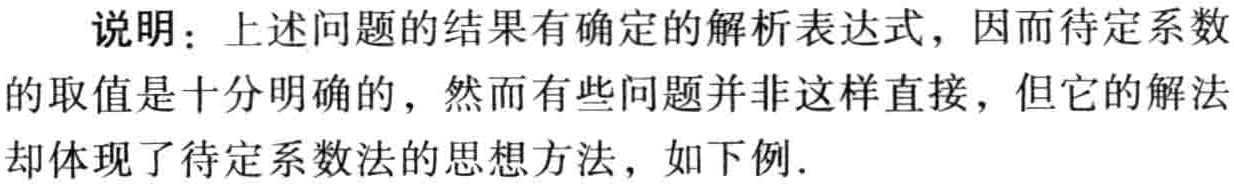
说明：上述问题的结果有确定的解析表达式，因而待定系数的取值是十分明确的，然而有些问题并非这样直接，但它的解法却体现了待定系数法的思想方法，如下例.